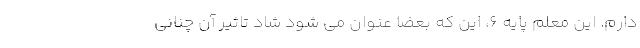
دارم. این معلم پایه ۶، این که بعضا عنوان می شود شاد تاثیر آن چنانی